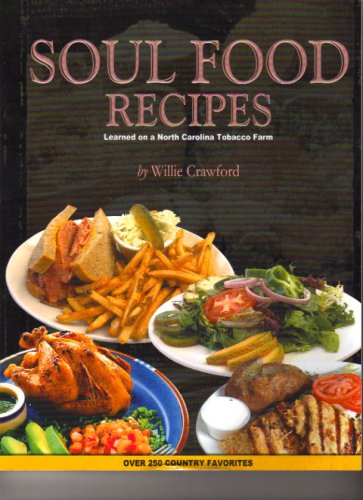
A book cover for SOUL FOOD RECIPES (Learned on a North Carolina Tobacco Farm); Willie Crawford; Cookbooks, Food & Wine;